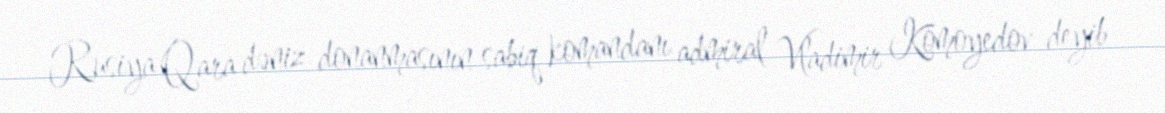
Rusiya Qara dəniz donanmasının sabiq komandanı admiral Vladimir Komoyedov deyib